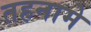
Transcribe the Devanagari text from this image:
तहनामे